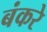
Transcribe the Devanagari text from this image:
बंकरे